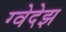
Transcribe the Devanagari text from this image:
ग्वेदेझ